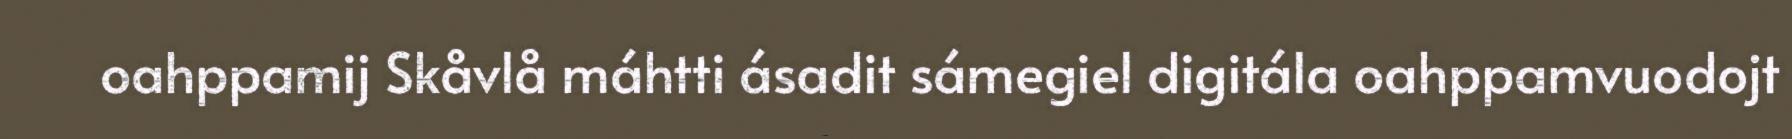
oahppamij Skåvlå máhtti ásadit sámegiel digitála oahppamvuodojt